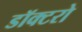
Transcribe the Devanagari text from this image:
डॉक्‍टरो